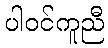
ပါဝင်ကူညီ